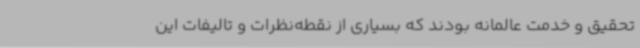
تحقیق و خدمت عالمانه بودند که بسیاری از نقطه‌نظرات و تالیفات این